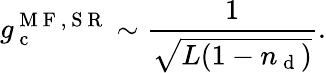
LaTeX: g_{\mathrm{~c~}}^{\mathrm{~M~F~,~S~R~}}\sim\frac{1}{\sqrt{L(1-n_{\mathrm{~d~}})}}.